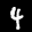
Label: 4